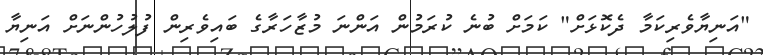
"އަނިޔާވެރިކަމާ ދެކޮޅަށް" ކަމަށް ބުނެ ކުރަމުން އަންނަ މުޒާހަރާގެ ބައިވެރިން ފުލުހުންނަށް އަނިޔާ